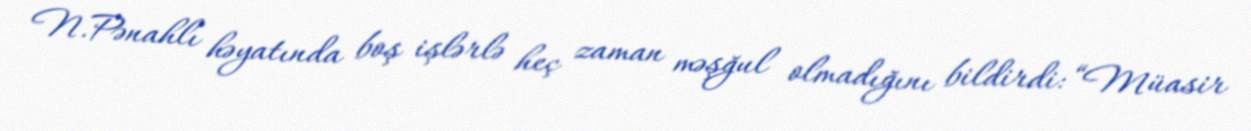
N.Pənahlı həyatında boş işlərlə heç zaman məşğul olmadığını bildirdi: “Müasir